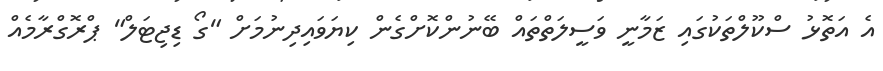
އެ އަތޮޅު ސްކޫލްތަކުގައި ޒަމާނީ ވަސީލަތްތައް ބޭނުންކޮށްގެން ކިޔަވައިދިނުމަށް "ގޯ ޑިޖިޓަލް" ޕްރޮގްރާމެއް